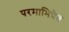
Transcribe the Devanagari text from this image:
परमाभिप्रेत